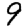
Digit: 9